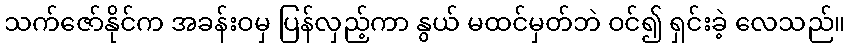
သက်ဇော်နိုင်က အခန်းဝမှ ပြန်လှည့်ကာ နွယ် မထင်မှတ်ဘဲ ဝင်၍ ရှင်းခဲ့ လေသည်။